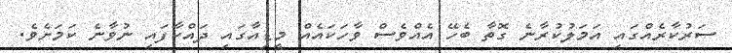
ސަރުކާރެއްގައި އަމަލުކުރާނެ ގޮތާ ބެހޭ އެއްވެސް ވާހަކައެއް މީޑިއާގައި ދައްކާފައި ނުވާނެ ކަމަށެވެ.